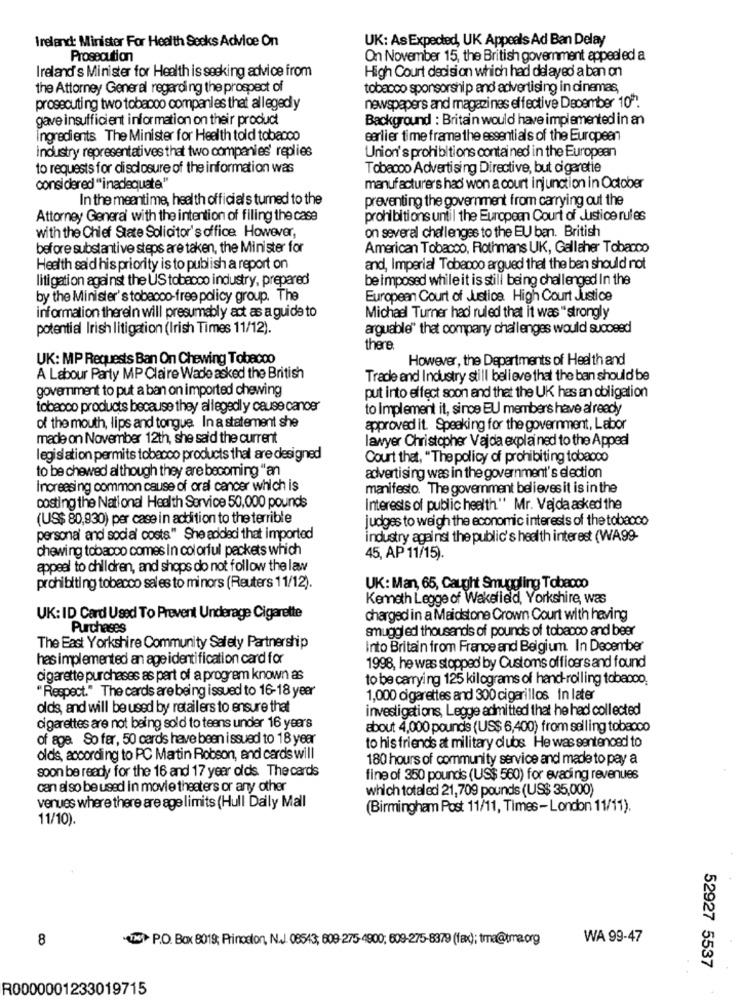
Ireland: Minister For Health Seeks Advice On
UK: As Expected, UK Appeals Ad Ban Delay
Prosecution
On November 15, the British government appealed a
Ireland's Minister for Health is seeking advice from
High Court decision which had delayed a ban on
the Attorney General regarding the prospect of
tobacco sponsorship and advertising in cinemas,
prosecuting two tobacco companies that allegedly
newspapers and magazines effective December 107.
gave insufficient information on their product
Background : Britain would have implemented in an
ingredients The Minister for Health told tobacco
earlier time frame the essentials of the European
industry representatives that two companies' replies
Union's prohibitions contained in the European
to requests for disclosure of the information was
Tobacco Advertising Directive, but cigaretie
considered "inadequate"
manufacturers had won a court injunction in October
In the meantime, health official's turned to the
preventing the government from carrying out the
Attorney General with the intention of filing the case
prohibitions until the European Court of Justice rules
on several challenges to the EU ban. British
with the Chief State Solicitor's office. However,
before substantive steps are taken, the Minister for
American Tobacco, Rothmans UK, Gallaher Tobacco
Health said his priority is to publish a report on
and, Imperial Tobacco argued that the ben should not
litigation against the US tobacco industry, prepared'
be imposed while it is still being challenged In the
by the Minister's tobacco-free policy group. The
European Court of Justice. High Court Justice
information therein will presumably act as a guide to
Michael Turner had ruled that it was "strongly
potential Irish litigation (Irish Times 11/12).
arguable" that company challenges would succeed
there
UK: MP Requests Ban On Chewing Tobacco
However, the Departments of Health and
A Labour Party MP Claire Wade asked the British
Trade and Industry still believe that the ban should be
government to put a ban on imported chewing
put into effect soon and that the UK hes an obligation
tobacco products because they allegedly cause canoe'
to Implement it, since EU members have already
of the mouth, lips and tongue In a statement she
approved it. Speaking for the government, Labor
made on November 12th, she said the current
lawyer Christopher Vajda explained to the Appeal
legislation permits tobacco products thal are designed
Court that, "The policy of prohibiting tobacco
to be chewed although they are becoming "an
advertising was in the government's election
Increasing common cause of oral cancer which is
manifesto. The goverment believes it is in the
costing the National Health Service 50,000 pounds
Interests of public health." Mr. Vajda asked the
(US$ 80,930) per case in addition to the terrible
judges to weigh the economic interests of the tobacco
personal and social costs" She added that imported
industry against the public's health interest (WA99-
chewing tobacco comes in colorful packets which
45, AP 11/15).
appeal to children, and shops do not follow the law
prohibiting tobecco sales to minors (Reuters 11/12).
UK: Man, 65, Caught Smuggling Tobacco
Kenneth Legge of Wakefield, Yorkshire, was
UK: ID Card Used To Prevent Underage Cigarette
charged in a Maidstone Crown Court with having
Purchases
smuggled thousands of pounds of tobacco and beer
The East Yorkshire Community Safety Partnership
Into Britain from France and Belgium. In December
has implemented an age identification card for
1998, he was stopped by Customs officers and found
cigarette purchases as part of a progrem known as
to be carrying 125 kilograms of hand-rolling tobacco,
"Respect." The cards are being issued to 16-18 year
1,000 cigarettes and 300 cigarillos In later
olds, and will be used by retailers to ensure that
investigations, Legge admitted that he had collected
cigarettes are not being sold to teens under 16 years
about 4,000 pounds (US$ 6,400) from selling tobacco
of age. So fer, 50 cards have been issued to 18 year
to his friends at military clubs He was sentenced to
olds, according to PC Martin Robson, and cards will
180 hours of community service and made to pay a
soon be ready for the 16 and 17 year olds The cards
fine of 350 pounds (US$ 560) for evading revenues
can also be used in movie theaters or any other
which totaled 21,709 pounds (US$ 35,000)
venues where there are age limits (Hull Daily Mall
(Birmingham Post 11/11, Times-London 11/11).
11/10).
8
(TN P.O. Box 8019; Princeton, N.J. 08543; 609-275-4900; 609-275-8379 (fax); tma@tma.org
WA 99-47
52927 5537
R0000001233019715